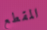
المقطع